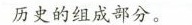
历史的组成部分。